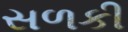
સળકી